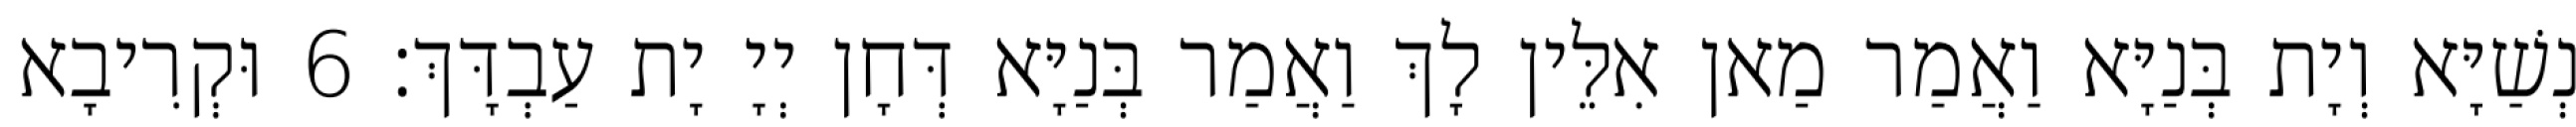
נְשַׁיָּא וְיָת בְּנַיָּא וַאֲמַר מַאן אִלֵּין לָךְ וַאֲמַר בְּנַיָּא דְּחָן יְיָ יָת עַבְדָּךְ׃ 6 וּקְרִיבָא